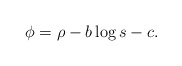
\begin{align*}\phi = \rho - b\log s - c. \end{align*}